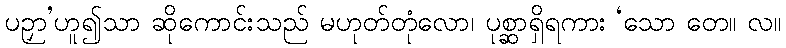
ပဉှာ’ဟူ၍သာ ဆိုကောင်းသည် မဟုတ်တုံလော၊ ပုစ္ဆာရှိရကား ‘သော တေ။ လ။